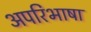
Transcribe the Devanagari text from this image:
अपरिभाषा